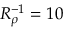
R _ { \rho } ^ { - 1 } = 1 0